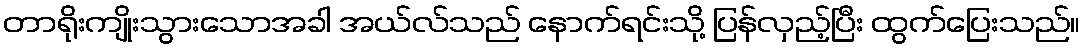
တာရိုးကျိုးသွားသောအခါ အယ်လ်သည် နောက်ရင်းသို့ ပြန်လှည့်ပြီး ထွက်ပြေးသည်။